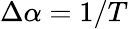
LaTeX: \Delta\alpha=1/T